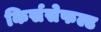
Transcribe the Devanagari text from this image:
किर्ससेफल्ड